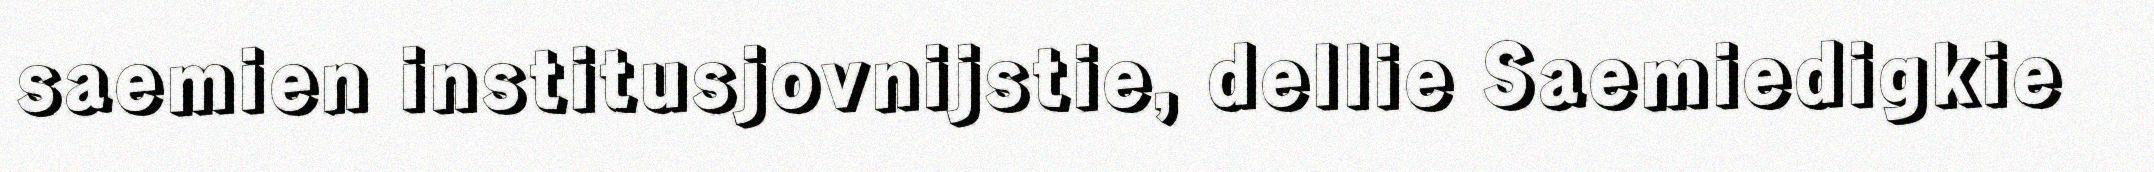
saemien institusjovnijstie, dellie Saemiedigkie